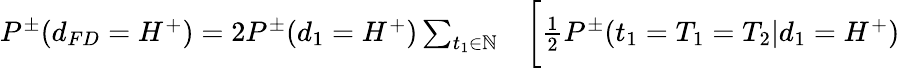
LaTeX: \begin{array}{rl}{P^{\pm}(d_{FD}=H^{+})=2P^{\pm}(d_{1}=H^{+})\sum_{t_{1}\in\mathbb{N}}}&{{}\bigg[\frac{1}{2}P^{\pm}(t_{1}=T_{1}=T_{2}|d_{1}=H^{+})}\end{array}